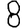
Digit: 8